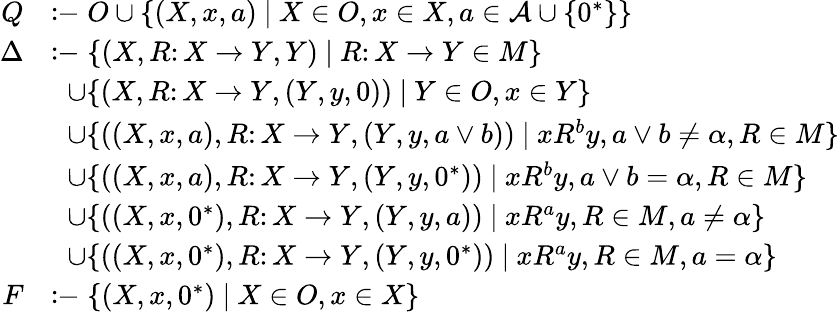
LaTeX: \begin{array}{rl}{Q}&{\coloneq O\cup\{ (X,x,a)~|~X\in O,x\in X,a\in\mathcal{A}\cup\{ 0^{*}\} \} }\\ {\Delta}&{\coloneq\{ (X,R\colon X\to Y,Y)~|~R\colon X\to Y\in M\} }\\ &{\; \; \cup\{ (X,R\colon X\to Y,(Y,y,0))~|~Y\in O,x\in Y\} }\\ &{\; \; \cup\{ ((X,x,a),R\colon X\to Y,(Y,y,a\vee b))~|~xR^{b}y,a\vee b\neq\alpha,R\in M\} }\\ &{\; \; \cup\{ ((X,x,a),R\colon X\to Y,(Y,y,0^{*}))~|~xR^{b}y,a\vee b=\alpha,R\in M\} }\\ &{\; \; \cup\{ ((X,x,0^{*}),R\colon X\to Y,(Y,y,a))~|~xR^{a}y,R\in M,a\neq\alpha\} }\\ &{\; \; \cup\{ ((X,x,0^{*}),R\colon X\to Y,(Y,y,0^{*}))~|~xR^{a}y,R\in M,a=\alpha\} }\\ {F}&{\coloneq\{ (X,x,0^{*})~|~X\in O,x\in X\} }\end{array}